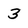
Character: 3